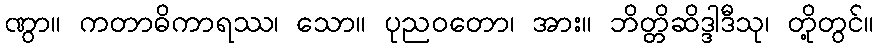
ဏွာ။ ကတာဓိကာရဿ၊ သော။ ပုညဝတော၊ အား။ ဘိတ္တိဆိဒ္ဒါဒီသု၊ တို့တွင်။